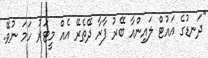
"ދަނޑުގެ އައުޓް ލައިންއާ ބޭރު ފާރާ ދޭތެރޭ އެއް މީޓަރު ހަމަ ނުވޭ.